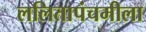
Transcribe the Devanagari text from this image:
ललितापंचमीला